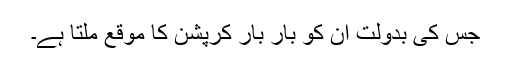
جس کی بدولت ان کو بار بار کرپشن کا موقع ملتا ہے۔